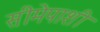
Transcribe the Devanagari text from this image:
सीमेपाशी